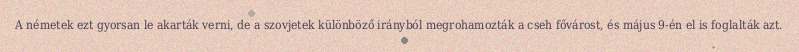
A németek ezt gyorsan le akarták verni, de a szovjetek különböző irányból megrohamozták a cseh fővárost, és május 9-én el is foglalták azt.